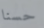
حسنا